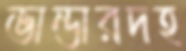
ভান্ডারদহ